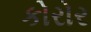
કોરોર